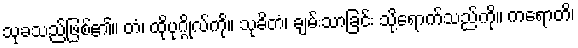
သုခသည်ဖြစ်၏။ တံ၊ ထိုပုဂ္ဂိုလ်ကို။ သုခိတံ၊ ချမ်းသာခြင်း သို့ရောက်သည်ကို။ ကရောတိ၊